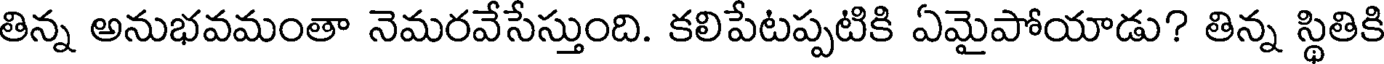
తిన్న అనుభవమంతా నెమరవేసేస్తుంది. కలిపేటప్పటికి ఏమైపోయాడు? తిన్న స్థితికి